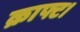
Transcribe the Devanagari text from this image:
क्राफ्ट।